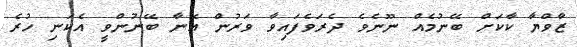
ޒާވްޔާ ކާކަށް ބޭނުމެއް ނޫނެވެ ދެރަވެފައިވާ ވަރުން އޭނާ ބޭނުންވީ އެކަނި ހުރެ